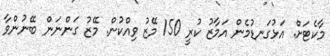
މާކެޓަށް. އަޅުގަނޑުމެން އަމާޒު ކުރީ 150 މޭޒު ވިއްކުން. މޭޒު ގަންނަން ބޭނުންވާ